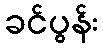
ခင်ပွန်း